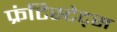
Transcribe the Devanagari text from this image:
फ्रंटिस्टेट्स